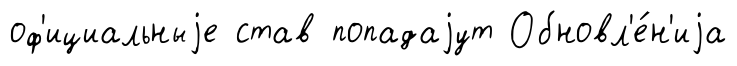
оф'ициальныjе став попадаjут Обновл'е́н'иjа